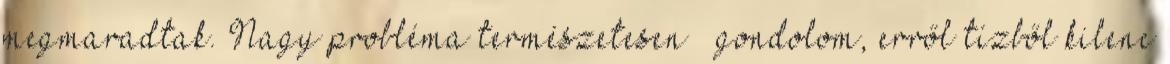
megmaradtak. Nagy probléma természetesen – gondolom, erről tízből kilenc